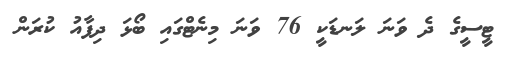
ޓީސީގެ ދެ ވަނަ ލަނޑަކީ 76 ވަނަ މިނެޓްގައި ބޯޅަ ދިފާއު ކުރަން